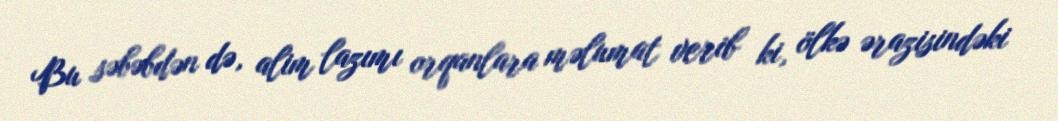
Bu səbəbdən də, alim lazımı orqanlara məlumat verib ki, ölkə ərazisindəki